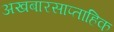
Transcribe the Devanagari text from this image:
अखबारसाप्ताहिक